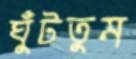
ঘুঁটতুম